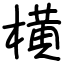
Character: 横